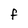
Character: F